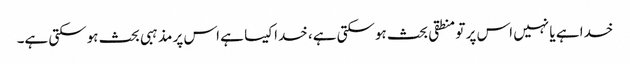
خدا ہے یا نہیں اس پر تو منطقی بحث ہوسکتی ہے، خدا کیسا ہے اس پر مذہبی بحث ہوسکتی ہے۔